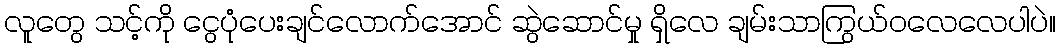
လူတွေ သင့်ကို ငွေပုံပေးချင်လောက်အောင် ဆွဲဆောင်မှု ရှိလေ ချမ်းသာကြွယ်ဝလေလေပါပဲ။